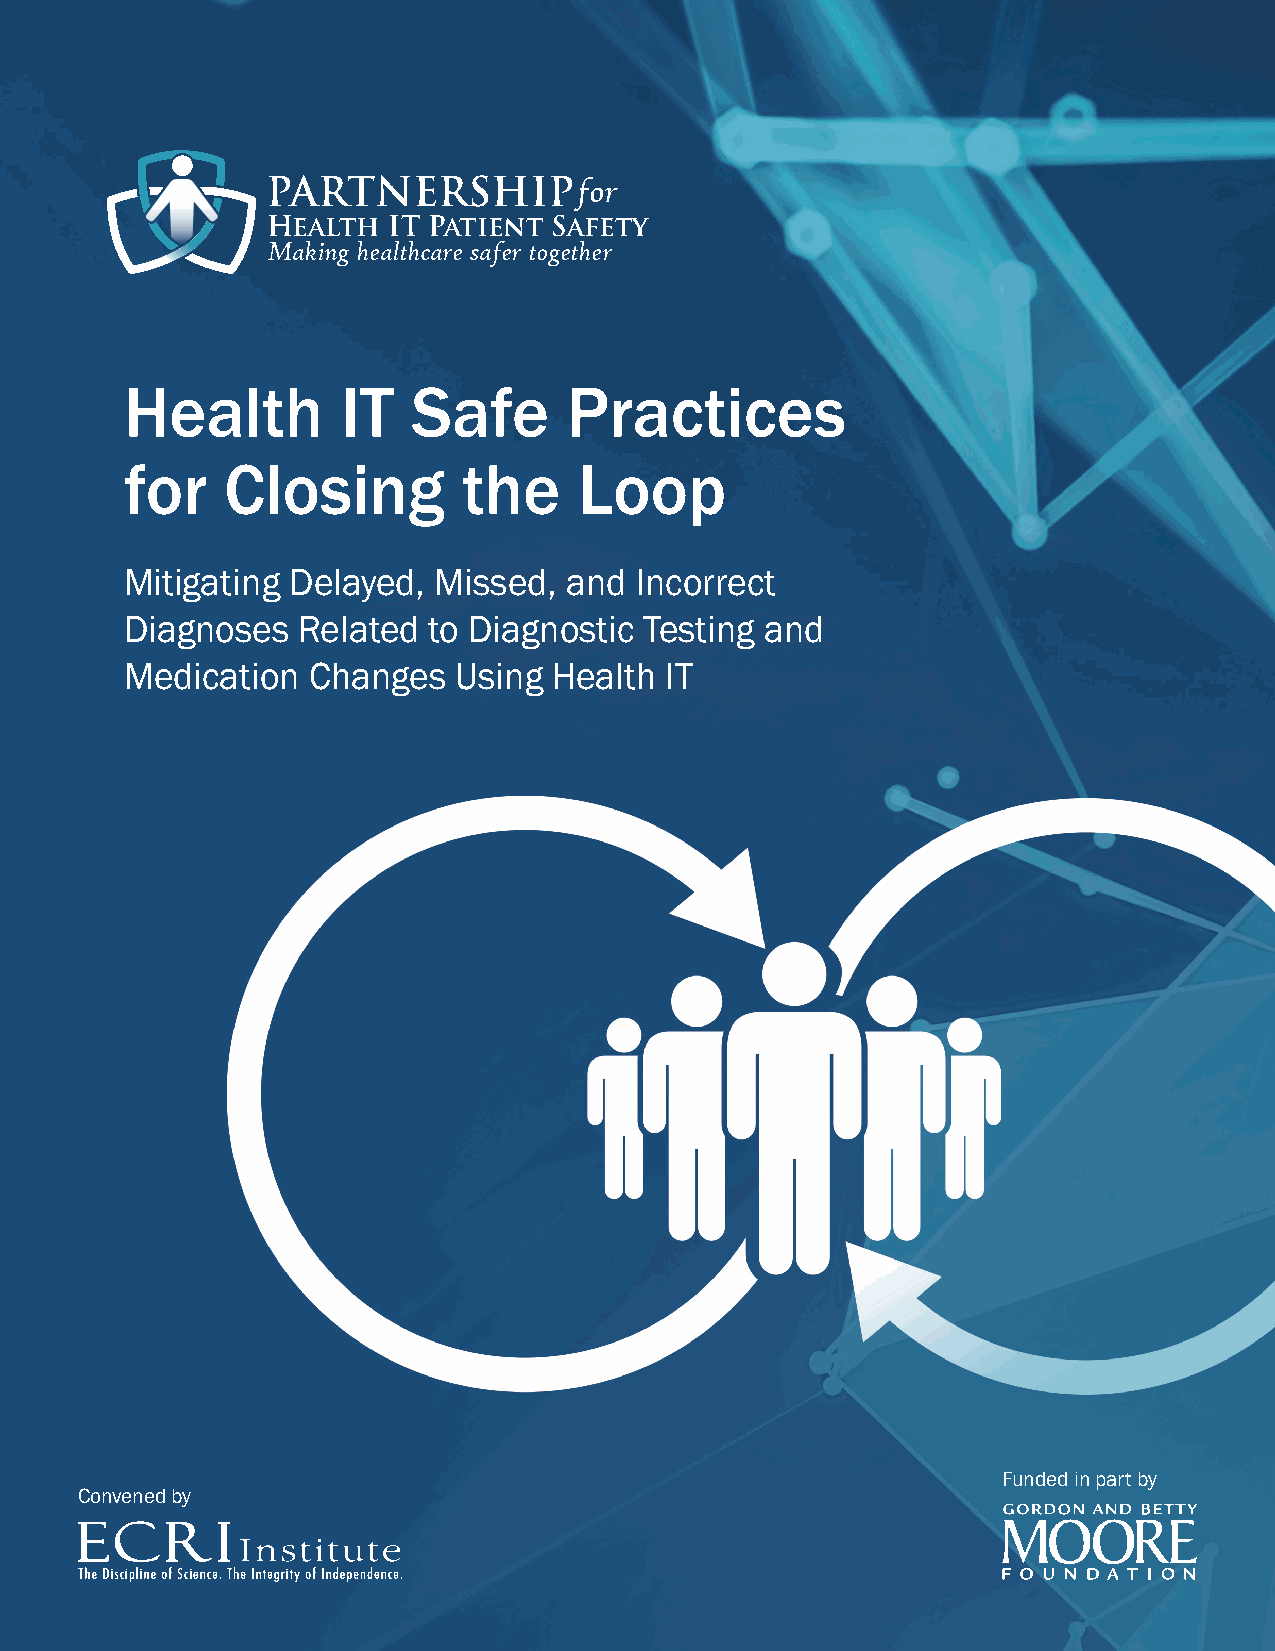
PARTNERSHIPfor
 Health  IT Patient Safety
 Making healthcare safer together
 Health         IT  Safe       Practices
 for    Closing         the    Loop
 Mitigating Delayed,  Missed, and  Incorrect
 Diagnoses   Related to Diagnostic  Testing and
 Medication  Changes   Using  Health IT
 Funded in part by
 Convened by